Vaccination report Assam 1874-1896 - 1874-1896
Year: 1874
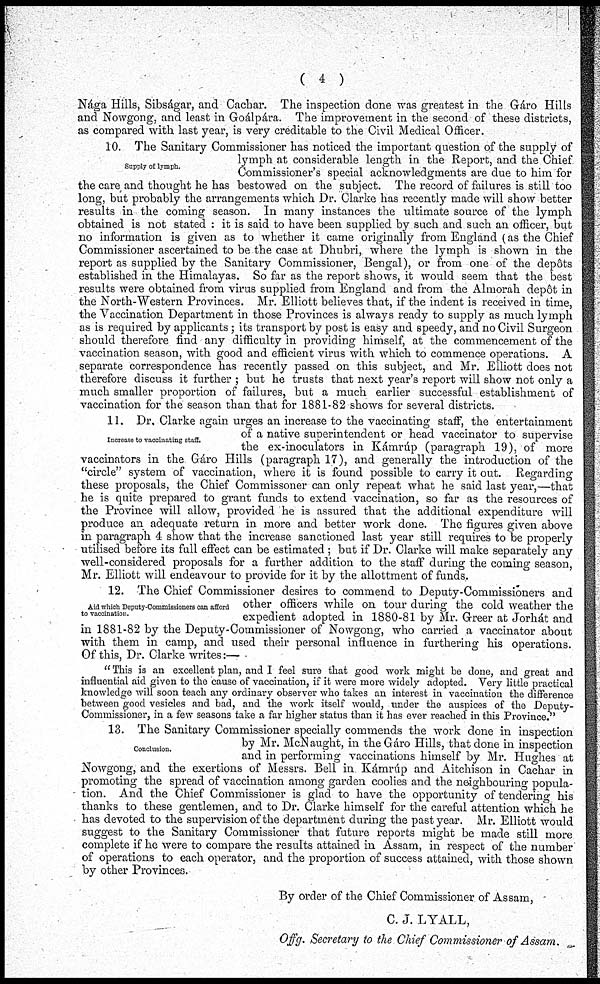
( 4 )
Nága Hills, Sibságar, and Cachar. The inspection done was greatest in the Gáro Hills
and Nowgong, and least in Goálpára. The improvement in the second of these districts,
as compared with last year, is very creditable to the Civil Medical Officer.
Supply of lymph.
10. The Sanitary Commissioner has noticed the important question of the supply of
lymph at considerable length in the Report, and the Chief
Commissioner's special acknowledgments are due to him for
the care and thought he has bestowed on the subject. The record of failures is still too
long, but probably the arrangements which Dr. Clarke has recently made will show better
results in the coming season. In many instances the ultimate source of the lymph
obtained is not stated : it is said to have been supplied by such and such an officer, but
no information is given as to whether it came originally from England (as the Chief
Commissioner ascertained to be the case at Dhubri, where the lymph is shown in the
report as supplied by the Sanitary Commissioner, Bengal), or from one of the depôts
established in the Himalayas. So far as the report shows, it would seem that the best
results were obtained from virus supplied from England and from the Almorah depôt in
the North-Western Provinces. Mr. Elliott believes that, if the indent is received in time,
the Vaccination Department in those Provinces is always ready to supply as much lymph
as is required by applicants; its transport by post is easy and speedy, and no Civil Surgeon
should therefore find any difficulty in providing himself, at the commencement of the
vaccination season, with good and efficient virus with which to commence operations. A
separate correspondence has recently passed on this subject, and Mr. Elliott does not
therefore discuss it further ; but he trusts that next year's report will show not only a
much smaller proportion of failures, but a much earlier successful establishment of
vaccination for the season than that for 1881-82 shows for several districts.
Increase to vaccinating staff.
11. Dr. Clarke again urges an increase to the vaccinating staff, the entertainment
of a native superintendent or head vaccinator to supervise
the ex-inoculators in Kámrúp (paragraph 19), of more
vaccinators in the Gáro Hills (paragraph 17), and generally the introduction of the
"circle" system of vaccination, where it is found possible to carry it out. Regarding
these proposals, the Chief Commissoner can only repeat what he said last year,—that
he is quite prepared to grant funds to extend vaccination, so far as the resources of
the Province will allow, provided he is assured that the additional expenditure will
produce an adequate return in more and better work done. The figures given above
in paragraph 4 show that the increase sanctioned last year still requires to be properly
utilised before its full effect can be estimated ; but if Dr. Clarke will make separately any
well-considered proposals for a further addition to the staff during the coming season,
Mr. Elliott will endeavour to provide for it by the allottment of funds.
Aid which Deputy-Commissioners can afford
to vaccination.
12. The Chief Commissioner desires to commend to Deputy-Commissioners and
other officers while on tour during the cold weather the
expedient adopted in 1880-81 by Mr. Greer at Jorhát and
in 1881-82 by the Deputy-Commissioner of Nowgong, who carried a vaccinator about
with them in camp, and used their personal influence in furthering his operations.
Of this, Dr. Clarke writes:—
" This is an excellent plan, and I feel sure that good work might be done, and great and
influential aid given to the cause of vaccination, if it were more widely adopted. Very little practical
knowledge will soon teach any ordinary observer who takes an interest in vaccination the difference
between good vesicles and bad, and the work itself would, under the auspices of the Deputy-
Commissioner, in a few seasons take a far higher status than it has ever reached in this Province."
Conclusion.
13. The Sanitary Commissioner specially commends the work done in inspection
by Mr. McNaught, in the Gáro Hills, that done in inspection
and in performing vaccinations himself by Mr. Hughes at
Nowgong, and the exertions of Messrs. Bell in Kámrúp and Aitchison in Cachar in
promoting the spread of vaccination among garden coolies and the neighbouring popula-
tion. And the Chief Commissioner is glad to have the opportunity of tendering his
thanks to these gentlemen, and to Dr. Clarke himself for the careful attention which he
has devoted to the supervision of the department during the past year. Mr. Elliott would
suggest to the Sanitary Commissioner that future reports might be made still more
complete if he were to compare the results attained in Assam, in respect of the number
of operations to each operator, and the proportion of success attained, with those shown
by other Provinces.
By order of the Chief Commissioner of Assam,
C. J. LYALL,
Offg. Secretary to the Chief Commissioner of Assam.